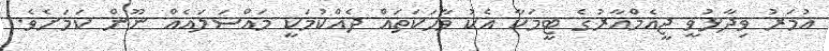
އުމަރު ވިދާޅުވީ ޖީއެމްއާރުގެ ޓީމަކާ އެކު ވާހަކަތައް ދެއްކުމަކީ މައްސަލައެއް ނޫން ކަމަށެވެ.